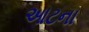
આટના